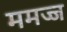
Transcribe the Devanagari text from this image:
ममज्ज